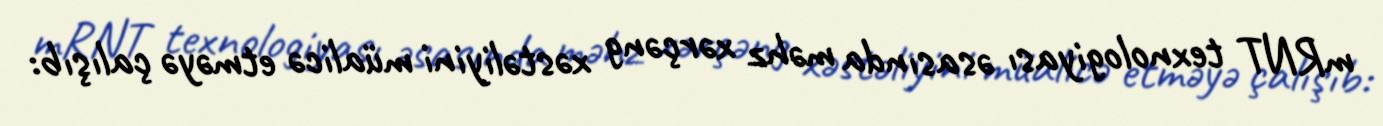
mRNT texnologiyası əsasında məhz xərçəng xəstəliyini müalicə etməyə çalışıb: